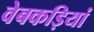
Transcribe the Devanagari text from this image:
वेबकड़ियां